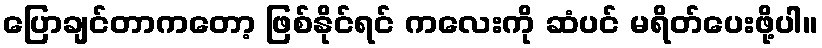
ပြောချင်တာကတော့ ဖြစ်နိုင်ရင် ကလေးကို ဆံပင် မရိတ်ပေးဖို့ပါ။